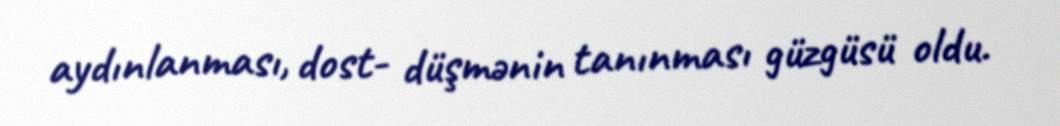
aydınlanması, dost- düşmənin tanınması güzgüsü oldu.